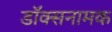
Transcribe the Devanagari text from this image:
डॉक्सनामक